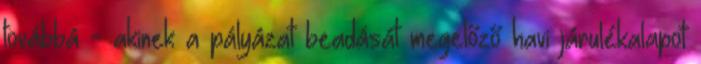
továbbá - akinek a pályázat beadását megelőző havi járulékalapot